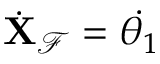
\dot { \mathbf { X } } _ { \mathcal { F } } = \dot { \theta _ { 1 } }